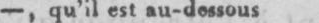
-, qu’il est tu-dessous